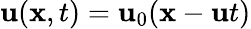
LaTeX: {\mathbf{u}}({\mathbf{x}},t)={\mathbf{u}}_{0}({\mathbf{x}}-{\mathbf{u}}t)